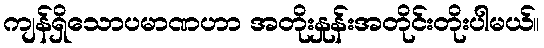
ကျန်ရှိသောပမာဏဟာ အတိုးနှုန်းအတိုင်းတိုးပါမယ်။